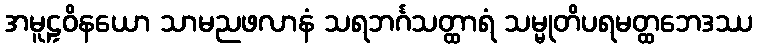
အမူဠှဝိနယော သာမညဖလာနံ သရဘင်္ဂသတ္ထာရံ သမ္မုတိပရမတ္ထဘေဒဿ